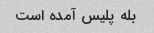
بله پلیس آمده است